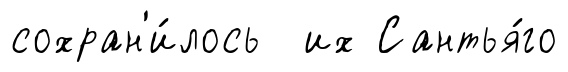
сохран'и́лось их Сантья́го